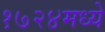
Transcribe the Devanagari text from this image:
१७२४मध्ये